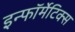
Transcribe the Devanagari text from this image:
इन्फॉर्मेटिक्स